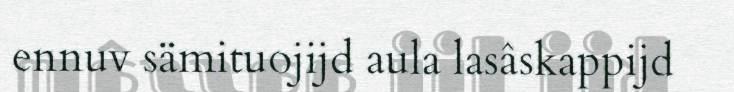
ennuv sämituojijd aula lasâskappijd